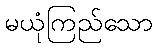
မယုံကြည်သော